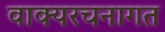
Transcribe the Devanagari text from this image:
वाक्यरचनागत